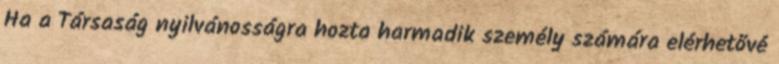
Ha a Társaság nyilvánosságra hozta harmadik személy számára elérhetővé